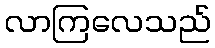
လာကြလေသည်